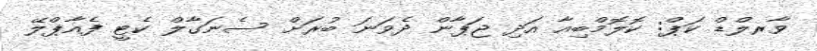
ވާރލްޑް ކަޕް: ކޮލޮމްބިއާ އަދި ޖަޕާން ދެވަނަ ބުރަށް ސެނަގާލް ކެޓީ ފެއާޕްލޭ